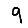
Digit: 9